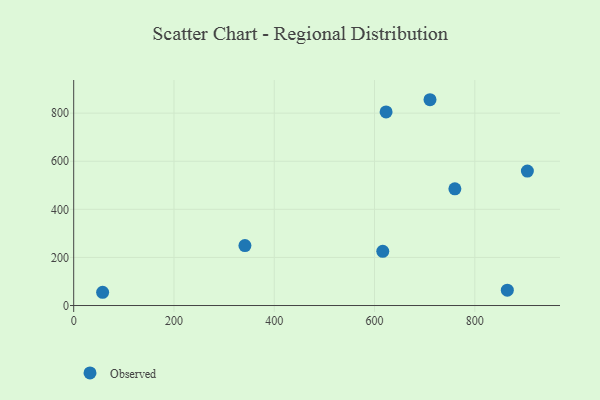
{"axis": {"x": "Study Hours", "y": "Sales"}, "legend": ["Observed"], "data": [{"x": "710.6", "y": 855.9, "type": "Observed"}, {"x": "864.8", "y": 63.7, "type": "Observed"}, {"x": "616.4", "y": 225.2, "type": "Observed"}, {"x": "57.7", "y": 55.1, "type": "Observed"}, {"x": "341.5", "y": 249.5, "type": "Observed"}, {"x": "760.2", "y": 485.3, "type": "Observed"}, {"x": "904.8", "y": 559.2, "type": "Observed"}, {"x": "623.0", "y": 805.2, "type": "Observed"}]}